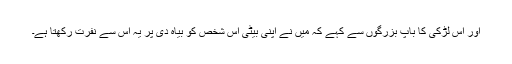
اور اُس لڑکی کا باپ بزرگوں سے کہے کہ میں نے اپنی بیٹی اِس شخص کو بیاہ دی پر یہ اُس سے نفرت رکھتا ہے۔